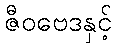
ဇီဝဗေဒနှင့်